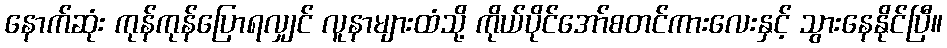
နောက်ဆုံး ကုန်ကုန်ပြောရလျှင် လူနာများထံသို့ ကိုယ်ပိုင်အော်စတင်ကားလေးနှင့် သွားနေနိုင်ပြီ။